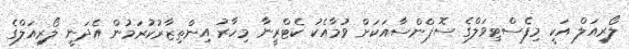
ލޯރިއަލް އަކީ މިފެސްޓިވަލްގެ ސޮޕްންސާއަކަށް ވުމާއެކު ކެޓްރީނާ މިހާރު އިންތިޒާރުކުރަމުން އެދަނީ ލޯރިއަލްގެ